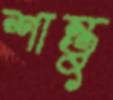
শান্তু